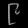
Digit: ၉